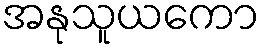
အနုသူယကော